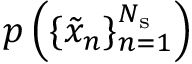
p \left( \{ \tilde { x } _ { n } \} _ { n = 1 } ^ { N _ { \mathrm { s } } } \right)